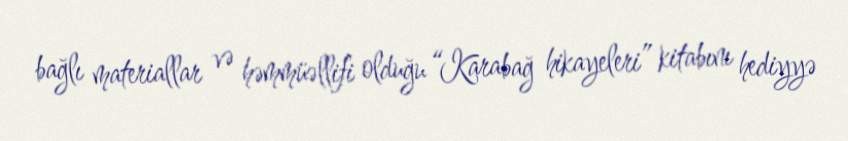
bağlı materiallar və həmmüəllifi olduğu “Karabağ hikayeleri” kitabını hediyyə